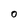
Character: 0